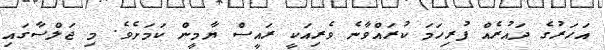
އަހަރުގެ ދައުރެއް ފުރިހަމަ ކުރައްވާނެ ވެރިއަކީ ރައީސް ޔާމީން ކަމަށެވެ. މި ޖަލްސާގައި